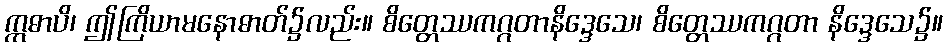
ဣဓာပိ၊ ဤကြိယာမနောဓာတ်၌လည်း။ စိတ္တေဿကဂ္ဂတာနိဒ္ဒေသေ၊ စိတ္တေဿကဂ္ဂတာ နိဒ္ဒေသေ၌။